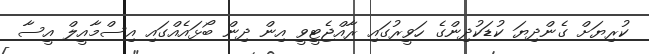
ކުރިޔަށް ގެންދިޔަ ކުޑަކުދިންގެ ހަވީރުގައި ރާއްޖެޓީވީ އިން ދިން ބޯޅައެއްގައި އިސްމާއީލް އީސާ